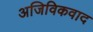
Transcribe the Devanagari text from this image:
अजिविकवाद